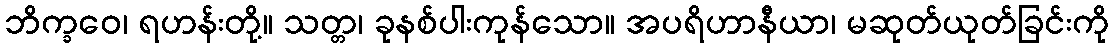
ဘိက္ခဝေ၊ ရဟန်းတို့။ သတ္တ၊ ခုနစ်ပါးကုန်သော။ အပရိဟာနီယာ၊ မဆုတ်ယုတ်ခြင်းကို